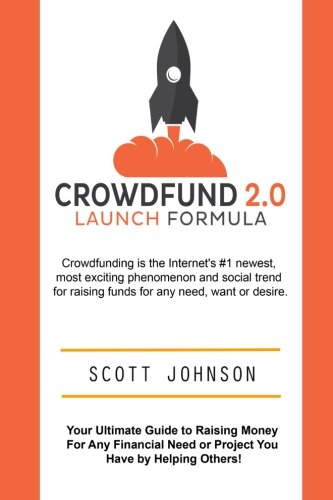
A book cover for Crowdfund 2.0 Launch Formula: Your Ultimate Guide to Raising Money For  Any Financial Need or Project You Have  by Helping Others!; Scott Johnson; Business & Money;